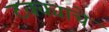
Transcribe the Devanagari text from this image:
टक्क्याचे